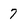
Character: 7